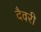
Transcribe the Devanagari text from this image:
दैवरी